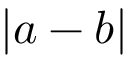
| a - b |